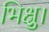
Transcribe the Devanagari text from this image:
भिक्षु।